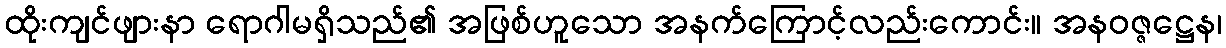
ထိုးကျင်ဖျားနာ ရောဂါမရှိသည်၏ အဖြစ်ဟူသော အနက်ကြောင့်လည်းကောင်း။ အနဝဇ္ဇဋ္ဌေန၊